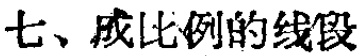
七、成比例的线段